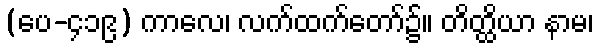
(ပေ-၄၁၉) ကာလေ၊ လက်ထက်တော်၌။ တိတ္ထိယာ နာမ၊